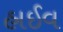
હાઈવ